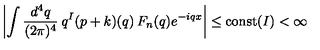
\left| \int \frac { d ^ { 4 } q } { ( 2 \pi ) ^ { 4 } } \: q ^ { I } ( p + k ) ( q ) \: F _ { n } ( q ) e ^ { - i q x } \right| \leq { \mathrm { c o n s t } } ( I ) < \infty